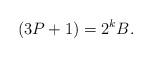
LaTeX: \begin{align*} (3P+1) &= 2^k B.\end{align*}